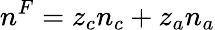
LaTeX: n^{F}=z_{c}n_{c}+z_{a}n_{a}